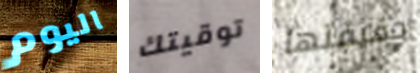
اليوم توقيتك حقيقتها